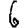
Digit: 6